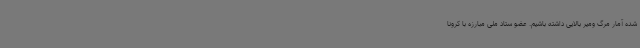
شده آمار مرگ ومیر بالایی داشته باشیم. عضو ستاد ملی مبارزه با کرونا